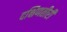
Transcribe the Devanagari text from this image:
दक्षिणतीरी